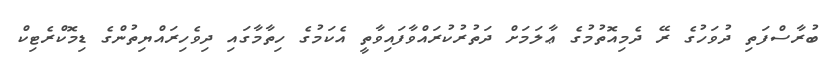
ބުރާސްފަތި ދުވަހުގެ ރޭ ދެމިއޮތުމުގެ ޢާލަމަށް ދަތުރުކުރައްވާފައިވާތީ އެކަމުގެ ހިތާމާގައި ދިވެހިރައްޔިތުންގެ ޑިމޮކްރެޓިކް